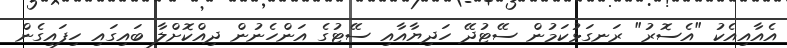
އެއާއިއެކު "އެސޮރު" ރަނގަޅުކަމުން ސޭޓުދޭ ހަދިޔާއާއި ސޭޓުގެ އަންހެނުން ދިއްކޮށްލާ ބައިގައި ހިފައިގެން